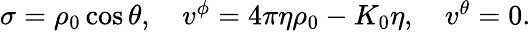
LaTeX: \begin{array}{r}{\sigma=\rho_{0}\cos\theta,\quad v^{\phi}=4\pi\eta\rho_{0}-K_{0}\eta,\quad v^{\theta}=0.}\end{array}